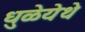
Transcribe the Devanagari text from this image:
धुळेयेथे